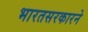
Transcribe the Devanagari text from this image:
भारतसरकारने